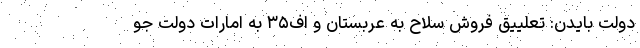
دولت بایدن: تعلییق فروش سلاح به عربستان و اف‌۳۵ به امارات دولت جو